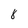
Character: 8